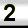
Digit: 2